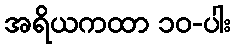
အရိယကထာ ၁၀-ပါး